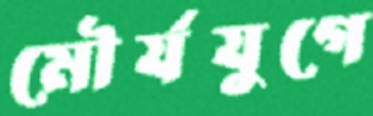
মৌর্যযুগে